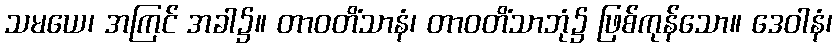
သမယေ၊ အကြင် အခါ၌။ တာဝတိံသာနံ၊ တာဝတိံသာဘုံ၌ ဖြစ်ကုန်သော။ ဒေဝါနံ၊